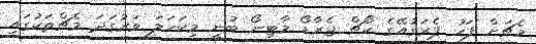
މެޗަށް ފަހު ޕެރަގުއޭގެ ކޯޗް ޖެރާޑޯ މާޓިނޯ ބުނީ މިކަހަލަ ވަރުގަދަ މެޗްތަކުގައި